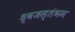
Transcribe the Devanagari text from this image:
ध्‍वजस्‍तंभम